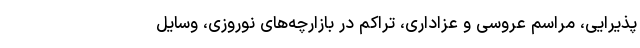
پذیرایی، مراسم عروسی و عزاداری، تراکم در بازارچه‌های نوروزی، وسایل